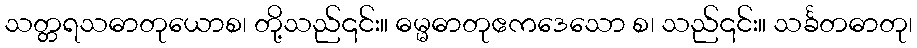
သတ္တရသဓာတုယောစ၊ တို့သည်၎င်း။ ဓမ္မဓာတုဧကဒေသော စ၊ သည်၎င်း။ သင်္ခတဓာတု၊